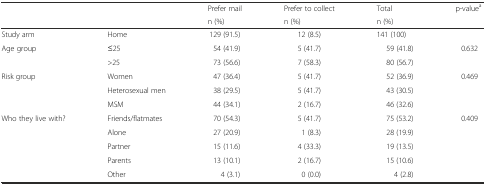
<table><thead><tr><td rowspan="2"></td><td rowspan="2"></td><td><b>Prefer mail</b></td><td><b>Prefer to collect</b></td><td><b>Total</b></td><td rowspan="2"><b>p-value<sup>a</sup></b></td></tr><tr><td><b>n (%)</b></td><td><b>n (%)</b></td><td><b>n (%)</b></td></tr></thead><tbody><tr><td>Study arm</td><td>Home</td><td>129 (91.5)</td><td>12 (8.5)</td><td>141 (100)</td><td></td></tr><tr><td>Age group</td><td>≤25</td><td>54 (41.9)</td><td>5 (41.7)</td><td>59 (41.8)</td><td rowspan="2">0.632</td></tr><tr><td></td><td>&gt;25</td><td>73 (56.6)</td><td>7 (58.3)</td><td>80 (56.7)</td></tr><tr><td>Risk group</td><td>Women</td><td>47 (36.4)</td><td>5 (41.7)</td><td>52 (36.9)</td><td rowspan="3">0.469</td></tr><tr><td></td><td>Heterosexual men</td><td>38 (29.5)</td><td>5 (41.7)</td><td>43 (30.5)</td></tr><tr><td></td><td>MSM</td><td>44 (34.1)</td><td>2 (16.7)</td><td>46 (32.6)</td></tr><tr><td>Who they live with?</td><td>Friends/flatmates</td><td>70 (54.3)</td><td>5 (41.7)</td><td>75 (53.2)</td><td rowspan="5">0.409</td></tr><tr><td></td><td>Alone</td><td>27 (20.9)</td><td>1 (8.3)</td><td>28 (19.9)</td></tr><tr><td></td><td>Partner</td><td>15 (11.6)</td><td>4 (33.3)</td><td>19 (13.5)</td></tr><tr><td></td><td>Parents</td><td>13 (10.1)</td><td>2 (16.7)</td><td>15 (10.6)</td></tr><tr><td></td><td>Other</td><td>4 (3.1)</td><td>0 (0.0)</td><td>4 (2.8)</td></tr></tbody></table>